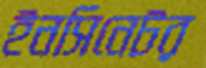
ইনসিনেটর